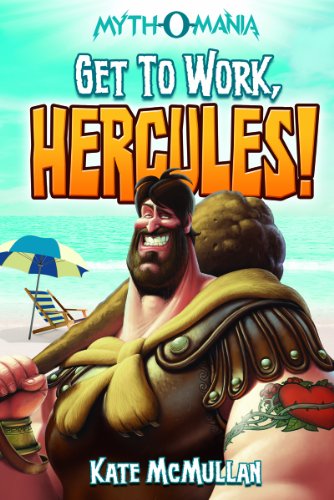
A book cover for Get to Work, Hercules! (Myth-O-Mania); Kate McMullan; Children's Books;